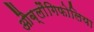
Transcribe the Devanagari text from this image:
औब्लौंगिफोलिया